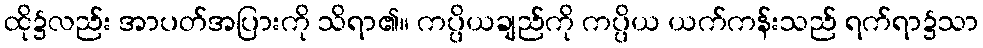
ထို၌လည်း အာပတ်အပြားကို သိရာ၏။ ကပ္ပိယချည်ကို ကပ္ပိယ ယက်ကန်းသည် ရက်ရာ၌သာ